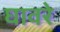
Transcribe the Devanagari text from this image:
घावरे